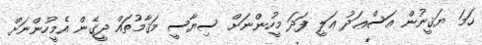
ހަމަ ޔަޤީނުން އަސްޢަދު ޢަލީ ފަދަ މީހުންނަށް ސިޔާސީ މަޤާމުތައް ދީގެން އެމީހުންނަށް